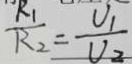
\frac { R _ { 1 } } { R _ { 2 } } = \frac { U _ { 1 } } { V _ { 2 } }